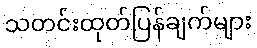
သတင်းထုတ်ပြန်ချက်များ